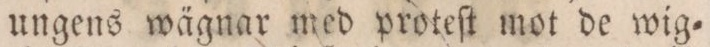
ungens wägnar med proteſt mot de wig=